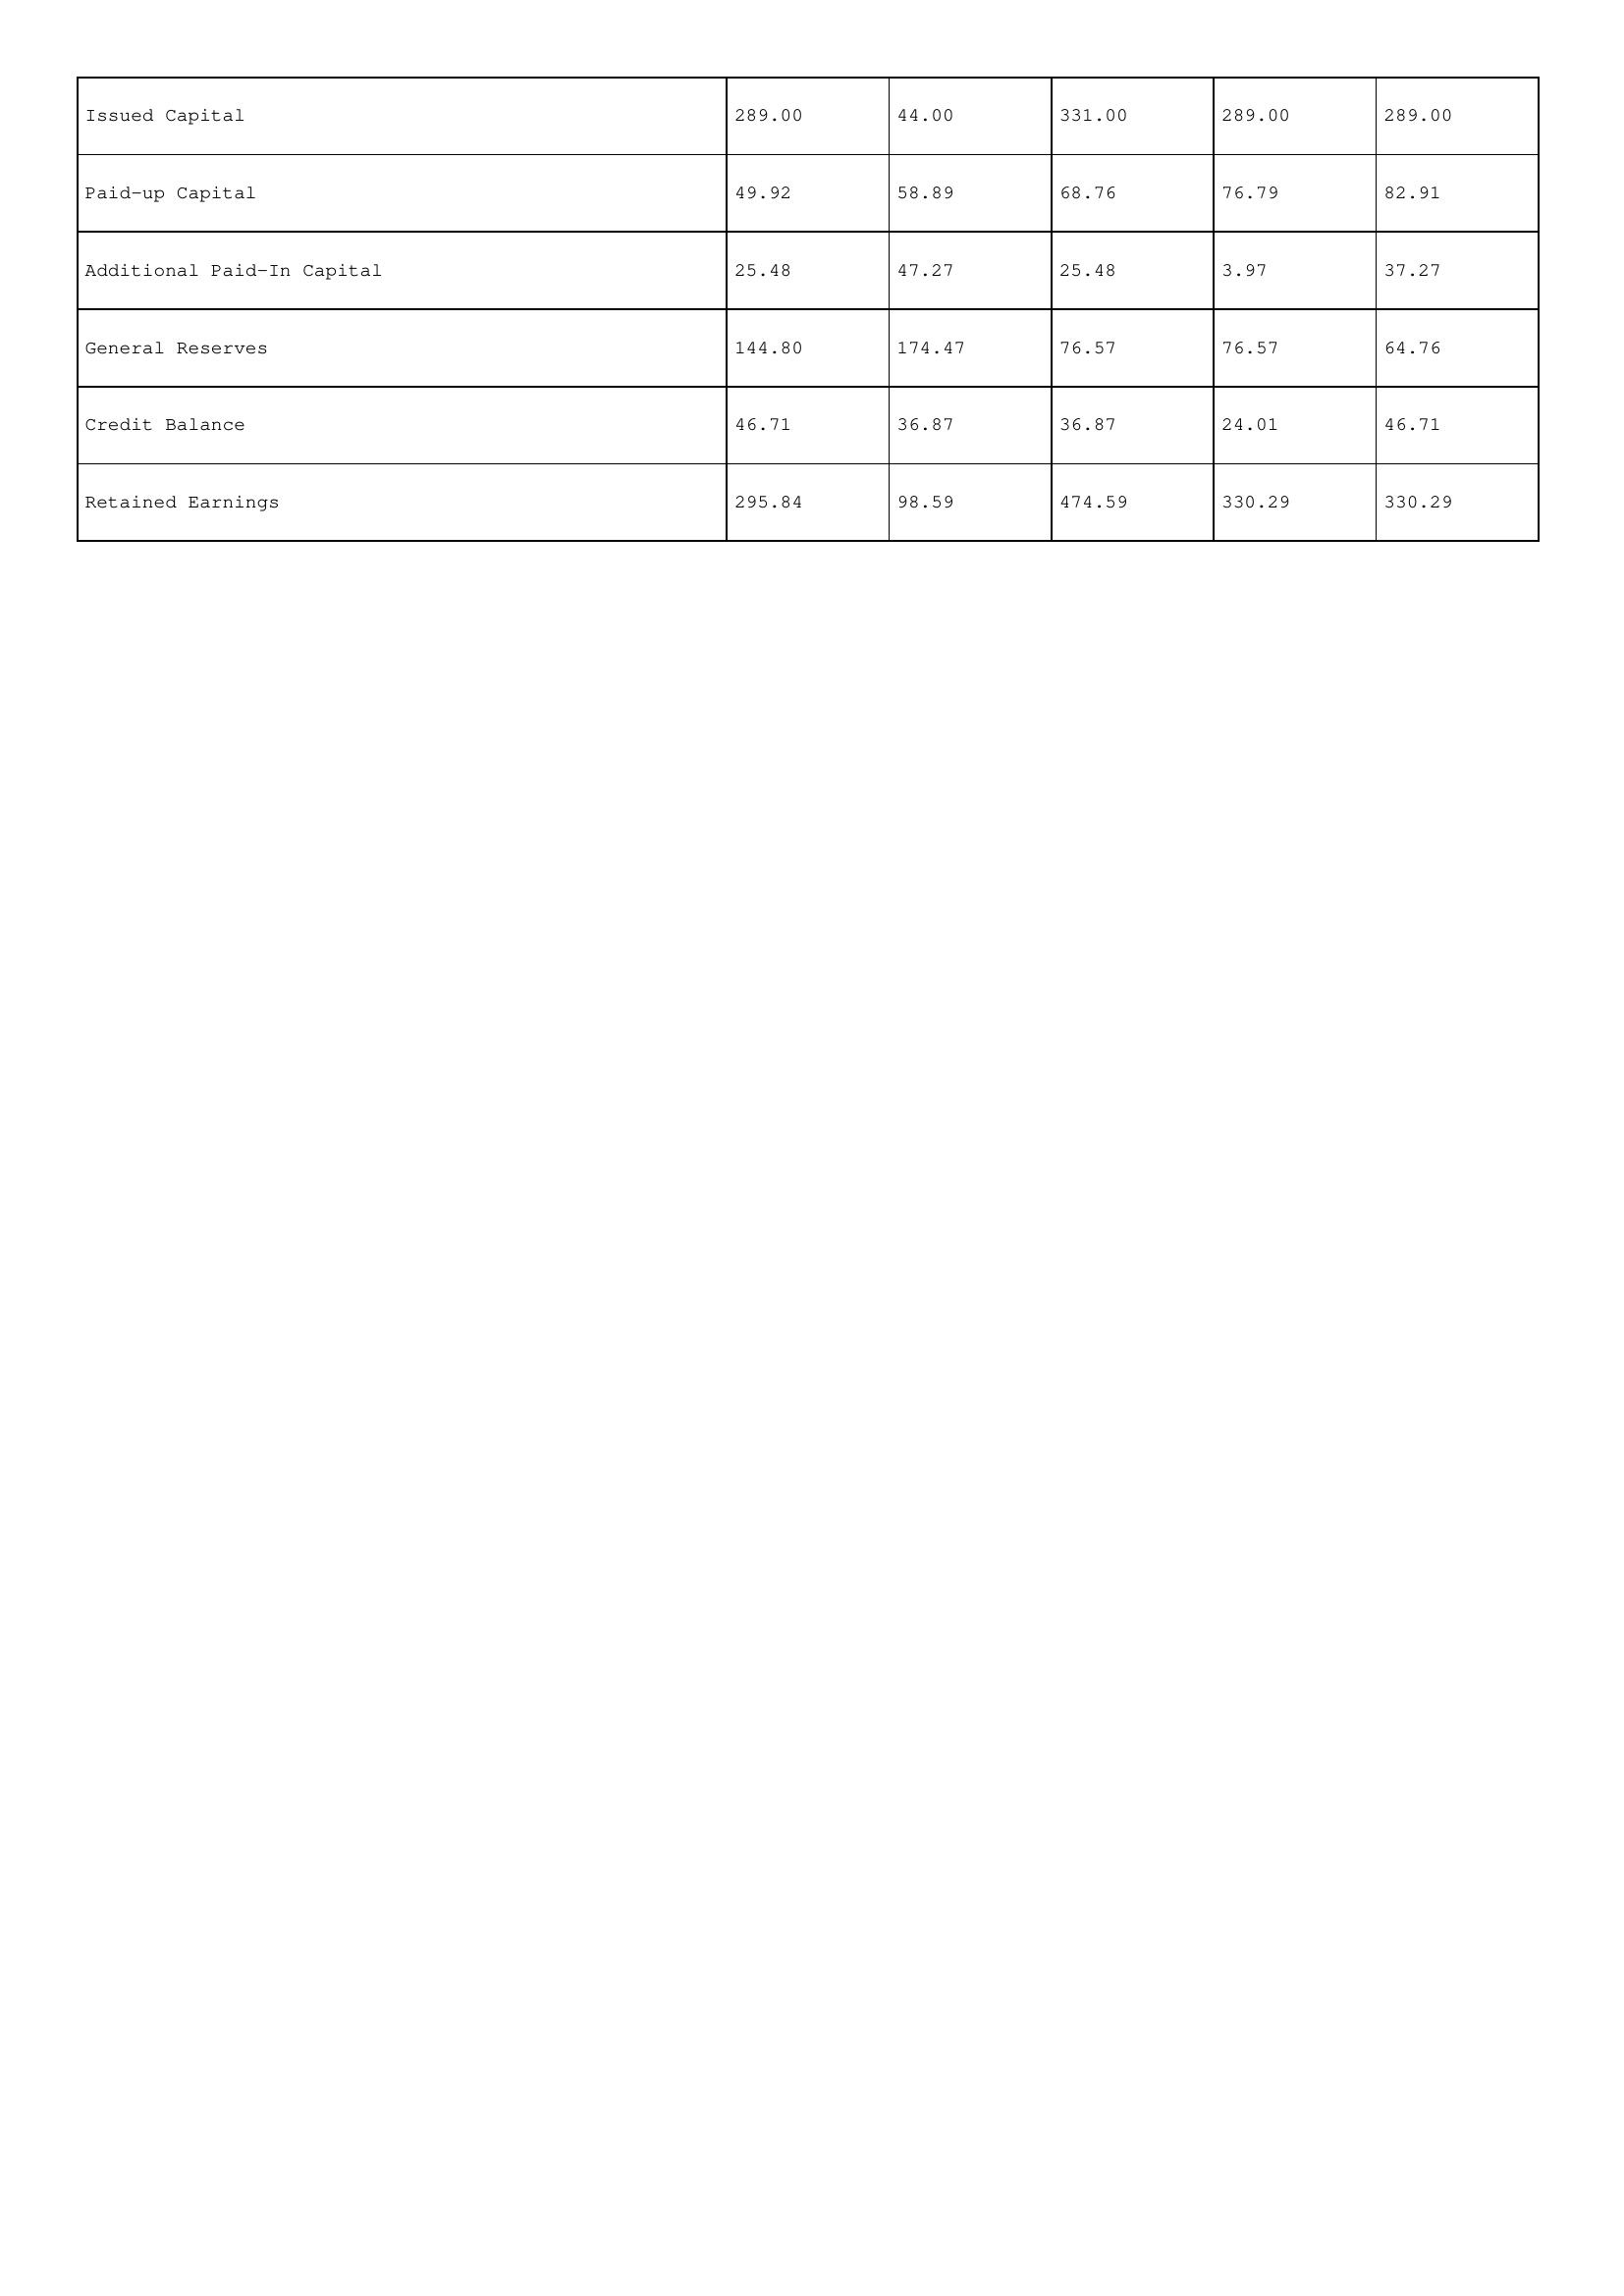
gt_parse: 1998: Issued Capital: 289.00
Paid-up Capital: 49.92
Additional Paid-In Capital: 25.48
General Reserves: 144.80
Credit Balance: 46.71
Retained Earnings: 295.84
1997: Issued Capital: 44.00
Paid-up Capital: 58.89
Additional Paid-In Capital: 47.27
General Reserves: 174.47
Credit Balance: 36.87
Retained Earnings: 98.59
1996: Issued Capital: 331.00
Paid-up Capital: 68.76
Additional Paid-In Capital: 25.48
General Reserves: 76.57
Credit Balance: 36.87
Retained Earnings: 474.59
1995: Issued Capital: 289.00
Paid-up Capital: 76.79
Additional Paid-In Capital: 3.97
General Reserves: 76.57
Credit Balance: 24.01
Retained Earnings: 330.29
1994: Issued Capital: 289.00
Paid-up Capital: 82.91
Additional Paid-In Capital: 37.27
General Reserves: 64.76
Credit Balance: 46.71
Retained Earnings: 330.29